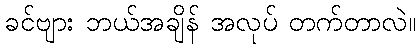
ခင်ဗျား ဘယ်အချိန် အလုပ် တက်တာလဲ။